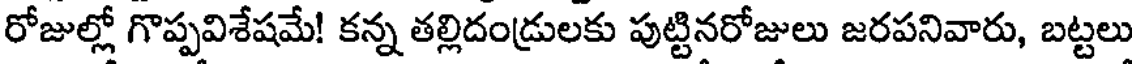
రోజుల్లో గొప్పవిశేషమే! కన్న తల్లిదండ్రులకు పుట్టినరోజులు జరపనివారు, బట్టలు